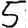
Digit: 5